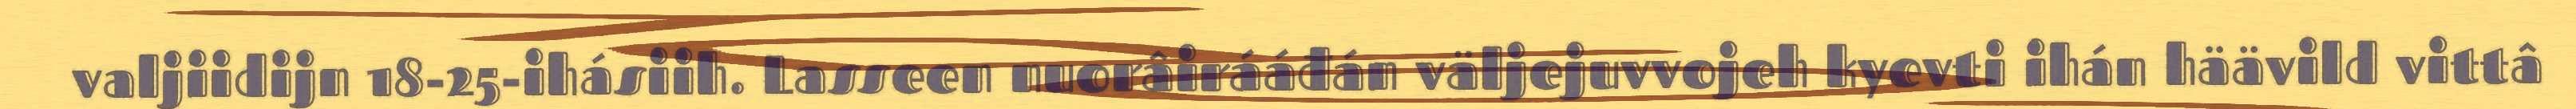
valjiidijn 18-25-ihásiih. Lasseen nuorâirááđán väljejuvvojeh kyevti ihán häävild vittâ